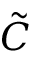
\tilde { C }